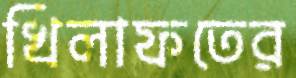
খিলাফতের